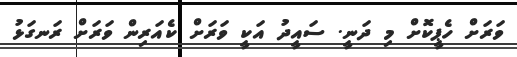
ވަރަށް ހެޕީކޮށް މި ދަނީ. ސައީދު އަކީ ވަރަށް ކެއަރިން ވަރަށް ރަނގަޅު